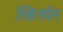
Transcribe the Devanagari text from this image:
स्किनपेन